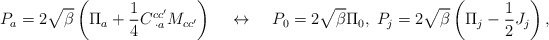
\begin{align*}P_a=2\sqrt {\beta}\left(\Pi_a+\frac{1}{4}C^{cc'}_{\;\cdot a}M_{cc'}\right)\;\;\;\;\leftrightarrow\;\;\;\;P_0=2\sqrt {\beta}\Pi_0,\;P_j=2\sqrt {\beta}\left(\Pi_j-\frac{1}{2}J_j\right),\end{align*}